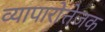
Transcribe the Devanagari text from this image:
व्यापारोत्तेजक